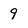
Character: 9